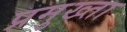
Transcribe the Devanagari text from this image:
प्रमुख्ता